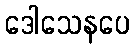
ဒေါသေနပေ